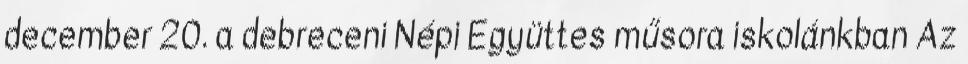
december 20. a debreceni Népi Együttes műsora iskolánkban Az